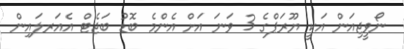
ނޯވީޖިއަން އަކީ ޔޫރަޕްގެ 3 ވަނަ އަށް އެންމެ ބޮޑު ބަޖެޓް އެއަރލައިން